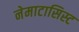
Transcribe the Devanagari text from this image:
नेमाटासिस्ट